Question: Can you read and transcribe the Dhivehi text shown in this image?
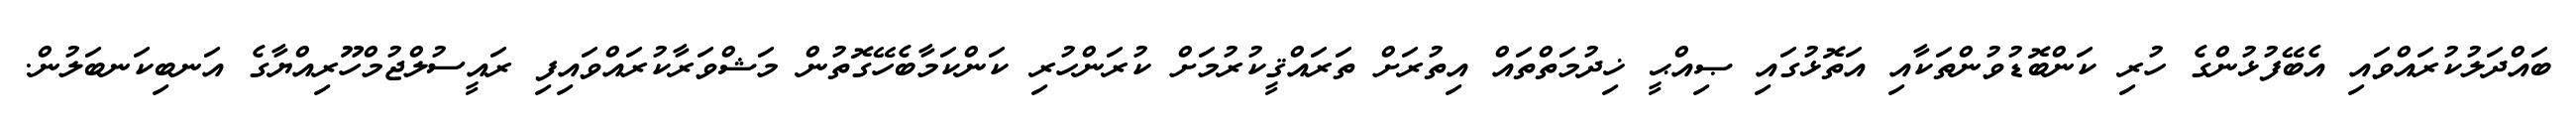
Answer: ބައްދަލުކުރައްވައި އެބޭފުޅުންގެ ހުރި ކަންބޮޑުވުންތަކާއި އަތޮޅުގައި ޞިއްޙީ ޚިދުމަތްތައް އިތުރަށް ތަރައްޤީކުރުމަށް ކުރަންހުރި ކަންކަމާބެހޭގޮތުން މަޝްވަރާކުރައްވައިފި ރައީސުލްޖުމްހޫރިއްޔާގެ އަނބިކަނބަލުން.